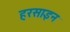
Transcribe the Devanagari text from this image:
हरसाइन